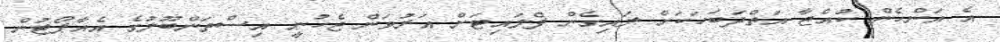
އެ އަންހެން ކުއްޖާ އަތްދަބަހަކަށް ލައިގެން ފްލައިޓަށް އަރުވަން ޖެހުނީ އިސްތަންބޫލުގެ އެއާޕޯޓުން